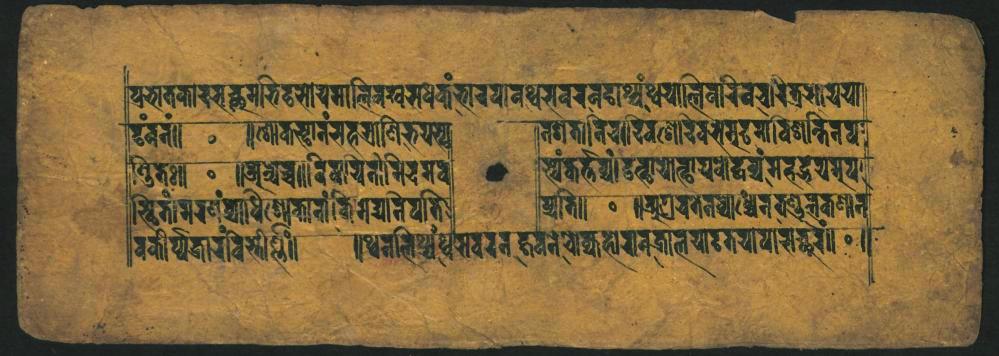
𑐥𑑂𑐬𑐳𑐵𑐟𑐎𑐵𑑅𑐳𑐔𑑂𑐕𑐩𑐨𑐶𑐲𑑂𑐚𑐳𑑀𑐫𑐩𑐵𑐮𑐶𑐬𑐏𑐳𑐢𑐿𑐎𑑄𑐨𑐵𑐬𑐥𑐵𑐰𑐠𑑂𑐰𑐳𑐰𑐬𑐰𑐴𑐵𑐱𑑂𑐫𑑄𑐠𑑂𑐰𑐫𑐵𑐮𑐶𑐰𑐵𑐬𑐶𑐰𑐔𑐵𑑋𑐟𑑂𑐬𑐩𑑀𑐫𑐫𑐵 𑐡𑐸𑑄𑐰𑐣𑑄𑐷𑑌 𑐞𑑂𑐜𑐶𑐟𑐾𑑌 𑐳𑑂𑐠𑐶𑐟𑑋𑐩𑐬𑐝𑑄𑐎𑑂𑐫𑐵𑐢𑐶𑐱𑑀𑐎𑑂𑐲𑐵𑐰𑐵𑑄𑐎𑐶𑐩𑐾𑐡𑑂𑐫𑐵𑐣𑐥𑐟𑐶 𑐰𑐎𑐷𑐬𑑂𑐥𑐖𑐵𑐬𑐰𑐶𑐳𑑂𑐩𑐷𑐮𑑄𑑌